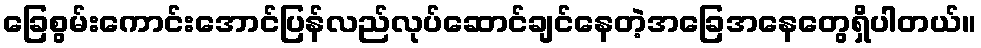
ခြေစွမ်းကောင်းအောင်ပြန်လည်လုပ်ဆောင်ချင်နေတဲ့အခြေအနေတွေရှိပါတယ်။